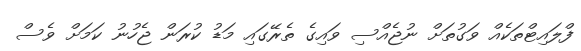
ފްލައިޓްތަކެއް ވަގުތަށް ނުޖެއްސި ވައިގެ ތެރޭގައި މަޑު ކުރަން ޖެހުނު ކަމަށް ވެސް